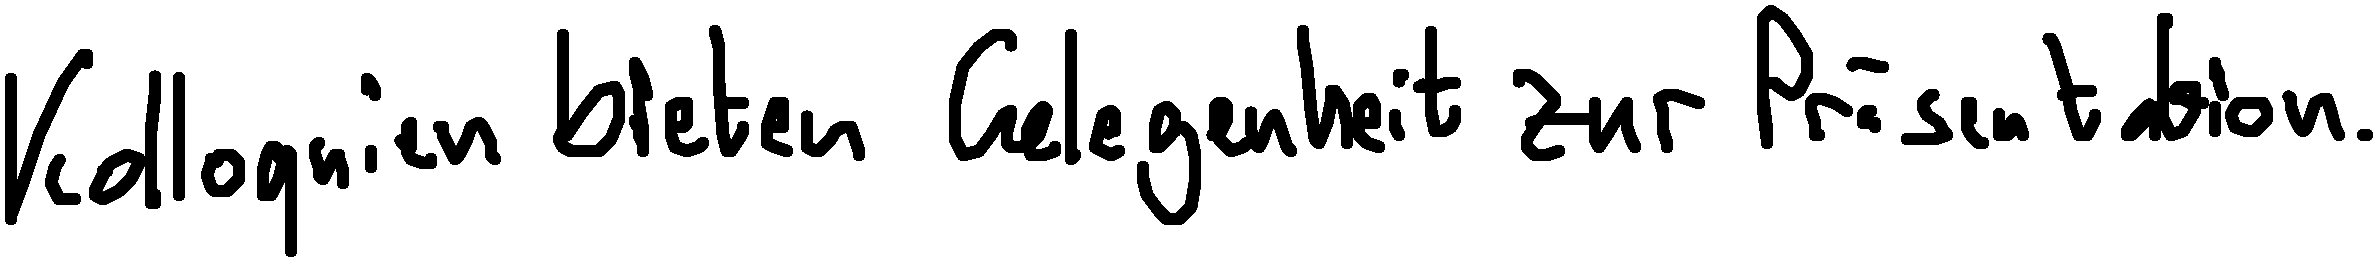
Kolloquien bieten Gelegenheit zur Präsentation.